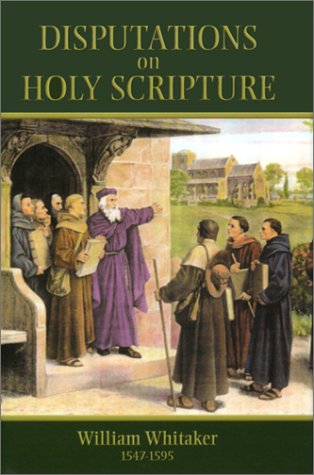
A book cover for Disputations on Holy Scripture; William Whitaker; Religion & Spirituality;